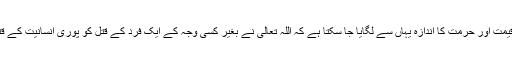
کسی انسانی جان کی قدر و قیمت اور حرمت کا اندازہ یہاں سے لگایا جا سکتا ہے کہ اللہ تعالی نے بغیر کسی وجہ کے ایک فرد کے قتل کو پوری انسانیت کے قتل کے مترادف قرار دیاہے۔